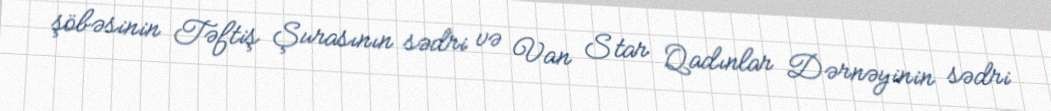
şöbəsinin Təftiş Şurasının sədri və Van Star Qadınlar Dərnəyinin sədri